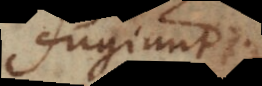
fugiunt;